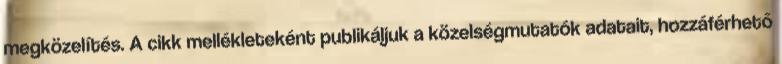
megközelítés. A cikk mellékleteként publikáljuk a közelségmutatók adatait, hozzáférhető